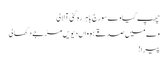
چھپ گیا وے سورج باہر رہ گئی آ لالی
وے میں صدقے ہوواں دیویں مڑ جے دکھالی
پیرا!